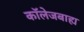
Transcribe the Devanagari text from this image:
कॉलेजबाह्य